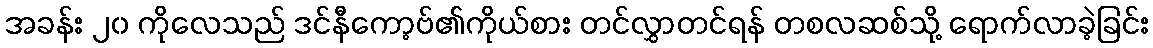
အခန်း ၂၀ ကိုလေသည် ဒင်နီကော့ဗ်၏ကိုယ်စား တင်လွှာတင်ရန် တစလဆစ်သို့ ရောက်လာခဲ့ခြင်း